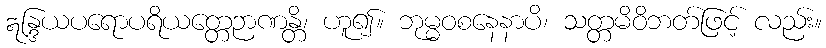
ဣန္ဒြယပရောပရိယတ္တေဉာဏန္တိ၊ ဟူ၍။ ဘုမ္မဝစနေနာပိ၊ သတ္တမိဝိဘတ်ဖြင့် လည်း။